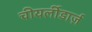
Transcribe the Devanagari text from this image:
चीयर्लीडार्ज़